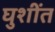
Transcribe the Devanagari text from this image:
घुशींत